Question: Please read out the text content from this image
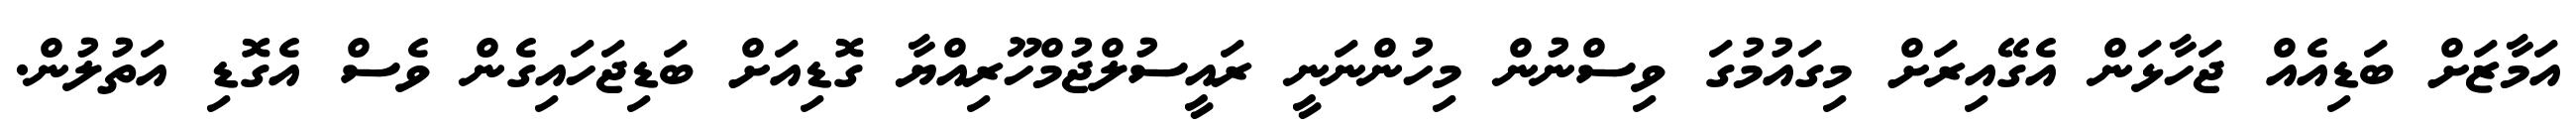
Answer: އަމާޒަށް ބަޑިއެއް ޖަހާޅަން އެގޭއިރަށް މިގައުމުގަ ވިސްނުން މިހުންނަނީ ރައީސުލްޖުމްހޫރިއްޔާ ގޮޑިއަށް ބަޑިޖަހައިގެން ވެސް އެގޮޑި އަތުލުން.